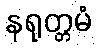
နရုတ္တမံ